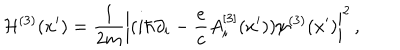
{ \cal H } ^ { ( 3 ) } ( x { ' } ) = { \frac { 1 } { 2 m } } \left| ( i \hbar \partial _ { i } - { \frac { e } { c } } A _ { i } ^ { [ 3 ] } ( x { ' } ) ) \psi ^ { ( 3 ) } ( x { ' } ) \right| ^ { 2 } \, ,